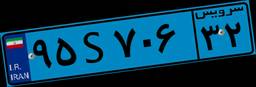
۴۵S۷۶۲۵۷